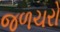
જળચરો